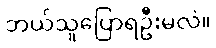
ဘယ်သူပြောရဦးမလဲ။